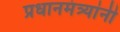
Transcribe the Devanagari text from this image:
प्रधानमंत्र्यांनी